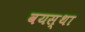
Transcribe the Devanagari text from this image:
वयस्था